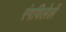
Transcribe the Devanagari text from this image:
रंगविलेलें